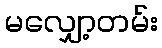
မလျှော့တမ်း